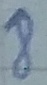
Text: 8